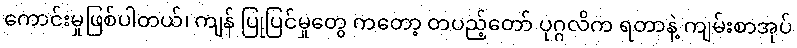
ကောင်းမှုဖြစ်ပါတယ်၊ ကျန် ပြုပြင်မှုတွေ ကတော့ တပည့်တော် ပုဂ္ဂလိက ရတာနဲ့ ကျမ်းစာအုပ်